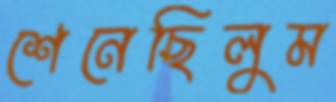
শেনেছিলুম